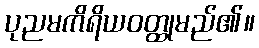
ပုညမကိရိယဝတ္ထုမည်၏။